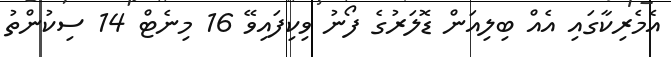
އެމެރިކާގައި އެއް ބިލިއަން ޑޮލަރުގެ ފޯނު ވިކިފައިވޭ 16 މިނެޓް 14 ސިކުންތު